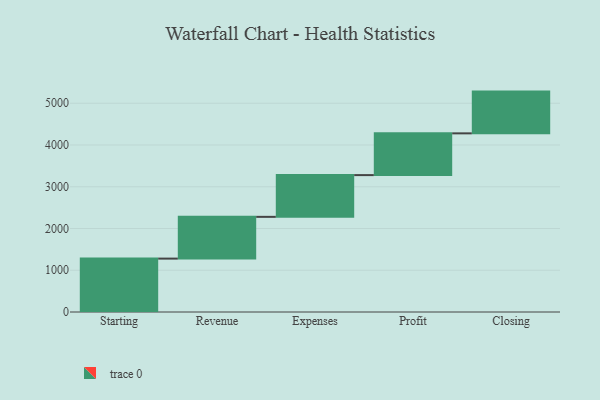
{"axis": {"x": "Step", "y": "Value"}, "legend": [""], "data": [{"x": "Starting", "y": 1279.0, "type": ""}, {"x": "Revenue", "y": 1000, "type": ""}, {"x": "Expenses", "y": 1000, "type": ""}, {"x": "Profit", "y": 1000, "type": ""}, {"x": "Closing", "y": 1000, "type": ""}]}